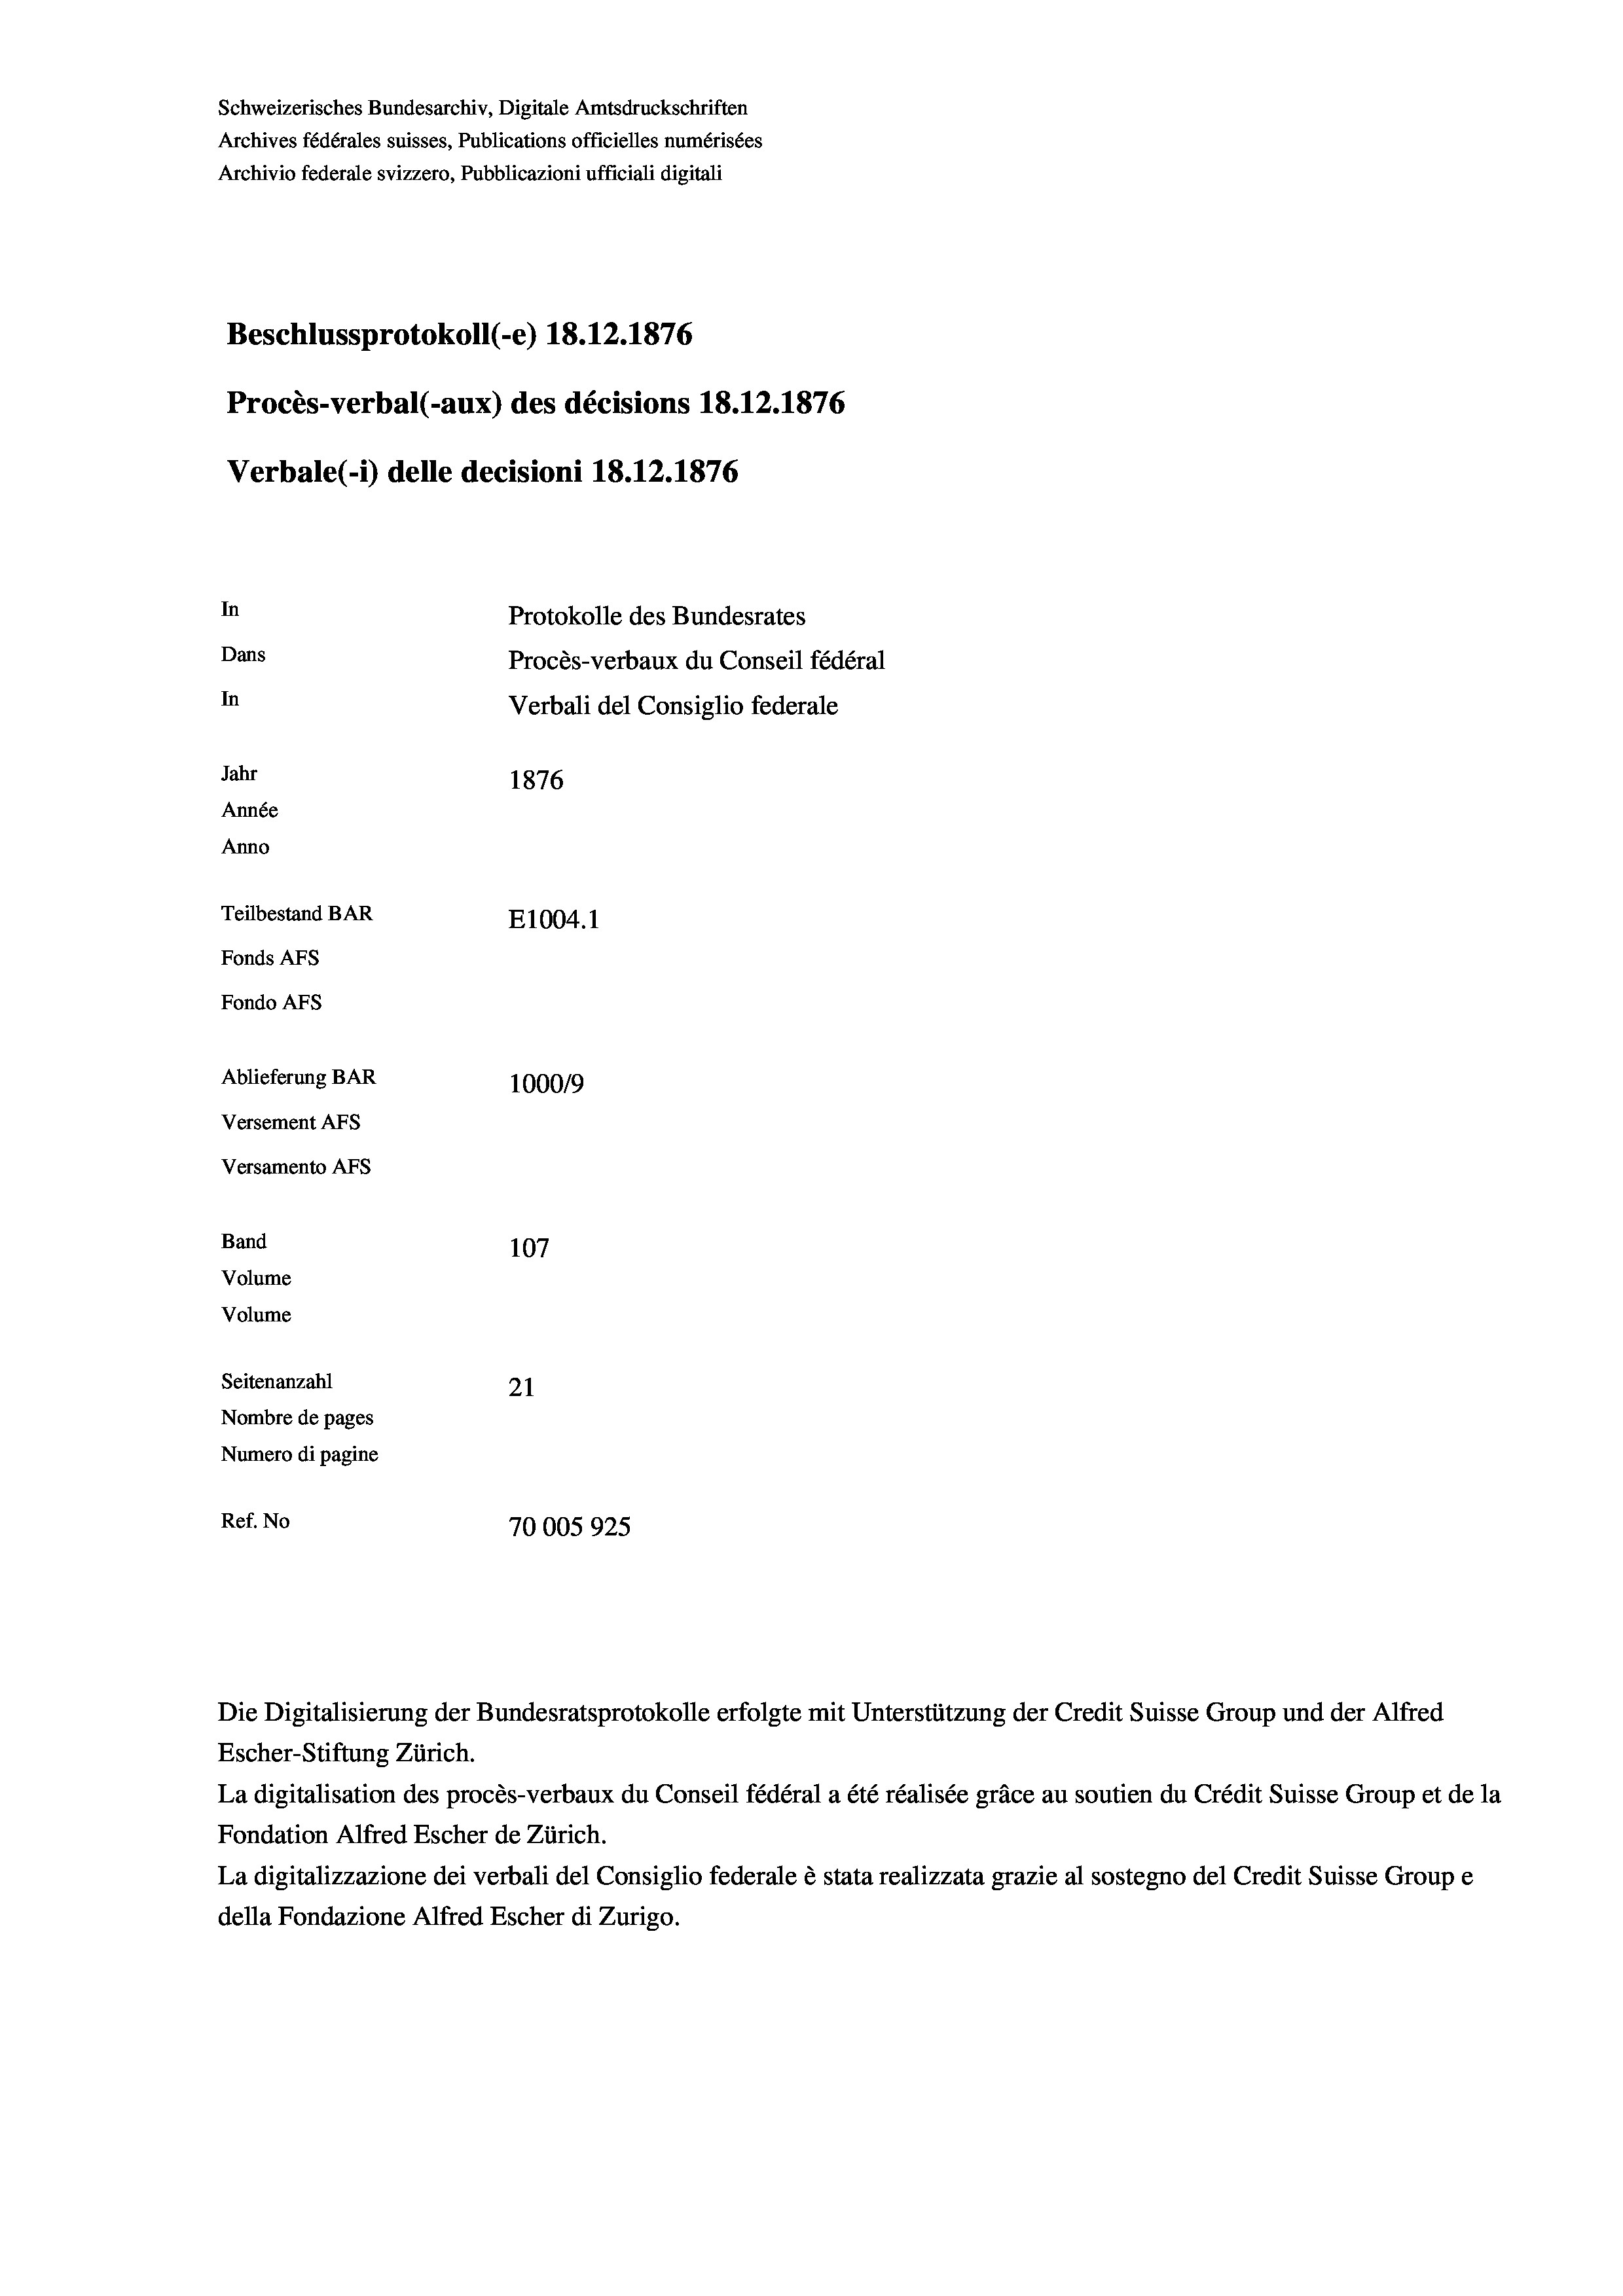
Schweizerisches Bundesarchiv, Digitale Amtsdruckschriften
Archives fédérales suisses, Publications officielles numérisées
Archivio federale svizzero, Pubblicazioni ufficiali digitali
Beschlussprotokoll (-e) 18. 12. 1876
Procès-verbal (-aux) des décisions 18.12.1876
Verbale (i) delle decisioni 18. 12. 1876
In
Protokolle des Bundesrates
Dans
Procès-verbaux du Conseil fédéral
In
Verbali del Consiglio federale
Jahr
1876
Année
Anno
Teilbestand BAR
E1004. 1
Fonds AFs
Fondo AFs
Ablieferung BAR
100019
Versement Abs
Versamento Afs
Band
107
Volume
Volume

Seitenanzahl
21
Nombre de pages
Numero di pagine
Ref. No
70005925

Escher-Stiftung Zürich.
La digitalisation des procès-verbaux du Conseil fédéral a été réalisée gräce au soutien du Crédit Suisse Group et de la
Fondation Alfred Escher de Zürich.
La digitalizzazione dei verbali del Consiglio federale è stata realizzata grazie al sostegno del Credit Suisse Groupe
della Fondazione Alfred Escher di Zurigo.

Die Digitalisierung der Bundesratsprotokolle erfolgte mit Unterstützung der Credit Suisse Group und der Alfred